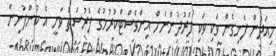
މިއަދުން ފެށިގެން ވަކި ވަކި ފަރުދުންނަށް އިންވެސްޓްކުރުމުގެ ފުރުސަތު ވަނީ އެ ކުންފުނިން